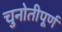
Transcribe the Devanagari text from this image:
चुनोतीपूर्ण